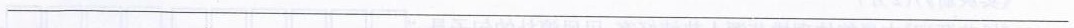
___